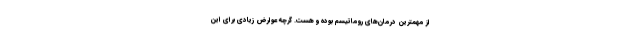
از مهمترین درمان‌های روماتیسم بوده و هست. گرچه عوارض زیادی برای این